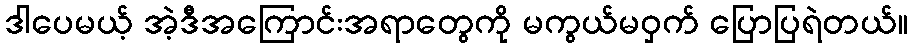
ဒါပေမယ့် အဲ့ဒီအကြောင်းအရာတွေကို မကွယ်မဝှက် ပြောပြရဲတယ်။